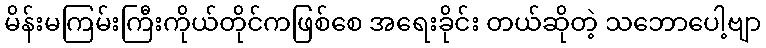
မိန်းမကြမ်းကြီးကိုယ်တိုင်ကဖြစ်စေ အရေးခိုင်း တယ်ဆိုတဲ့ သဘောပေါ့ဗျာ